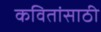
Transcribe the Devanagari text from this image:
कवितांसाठी